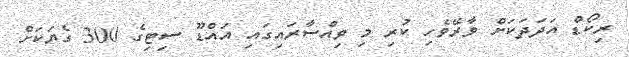
ރިކޯޑް އަދަދަކަށް ވާރޭވެހި ކުރި މި ވިއްސާރައިގައި އައްޑޫ ސިޓިގެ 300 ގެޔަކަށް